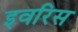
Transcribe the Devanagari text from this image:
इवरिस